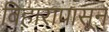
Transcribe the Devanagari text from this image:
विहारापासून